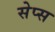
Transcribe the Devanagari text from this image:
सेप्स